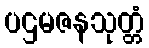
ပဌမဇနသုတ္တံ